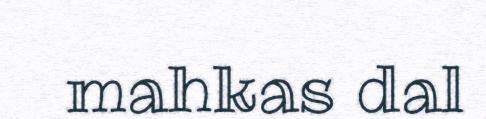
mahkas dal